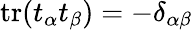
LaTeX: \mathop{\mathrm{tr}}(t_{\alpha}t_{\beta})=-\delta_{\alpha\beta}